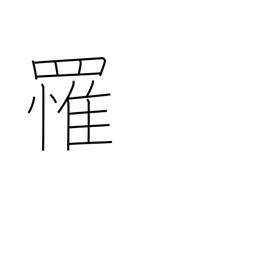
Meaning: catch